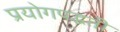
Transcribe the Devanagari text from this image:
प्रयोगपद्धती